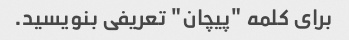
برای کلمه "پیچان" تعریفی بنویسید.